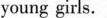
young girls.